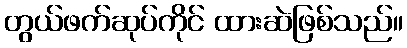
တွယ်ဖက်ဆုပ်ကိုင် ထားဆဲဖြစ်သည်။